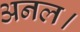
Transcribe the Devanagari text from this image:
अनल।